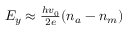
\begin{array} { r } { E _ { y } \approx { \frac { h v _ { 0 } } { 2 e } } ( n _ { a } - n _ { m } ) } \end{array}